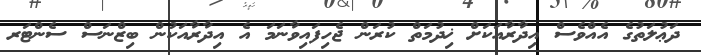
ދަޢުލަތުގެ އެއްވެސް އިދާރާއަކަށް ޚިދުމަތް ކުރަން ޖެހިފައިވާނަމަ އެ އިދާރާއަކުން ބިޒްނަސް ސެންޓަރ